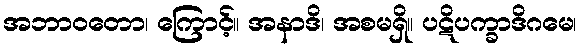
အဘာဝတော၊ ကြောင့်။ အနာဒိ၊ အစမရှိ။ ပဋိပက္ခာဒိဂမေ၊